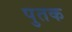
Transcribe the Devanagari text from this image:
पुतक